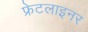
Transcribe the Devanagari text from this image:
फ्रेटलाइनर